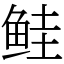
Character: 鲑